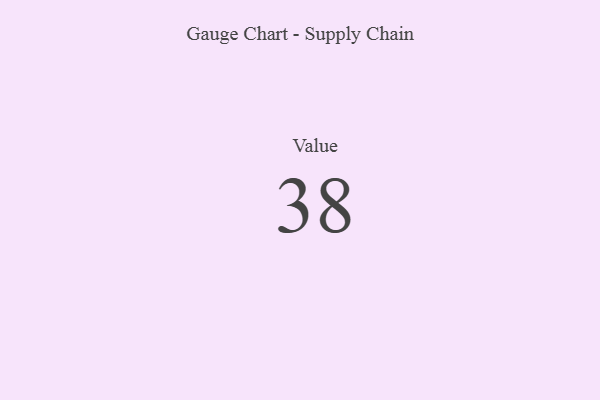
{"axis": {"x": "Metric", "y": "Value"}, "legend": [""], "data": [{"x": "Value", "y": 38, "type": ""}]}